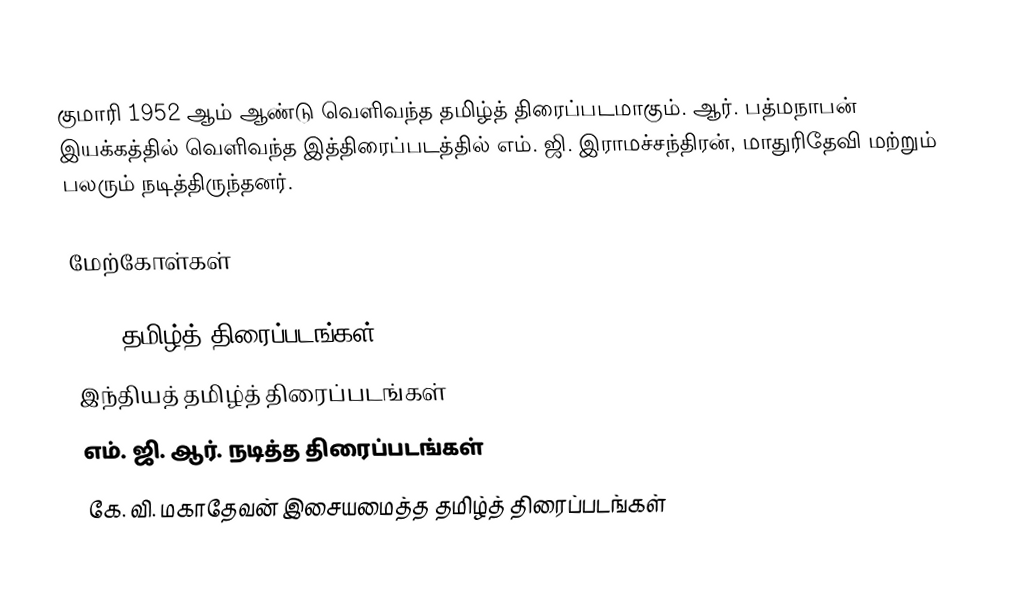
குமாரி 1952 ஆம் ஆண்டு வெளிவந்த தமிழ்த் திரைப்படமாகும். ஆர். பத்மநாபன் இயக்கத்தில் வெளிவந்த இத்திரைப்படத்தில் எம். ஜி. இராமச்சந்திரன், மாதுரிதேவி மற்றும் பலரும் நடித்திருந்தனர்.

மேற்கோள்கள்

1952 தமிழ்த் திரைப்படங்கள்
இந்தியத் தமிழ்த் திரைப்படங்கள்
எம். ஜி. ஆர். நடித்த திரைப்படங்கள்
கே. வி. மகாதேவன் இசையமைத்த தமிழ்த் திரைப்படங்கள்